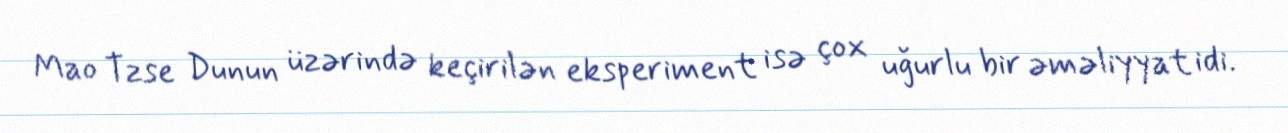
Mao Tzse Dunun üzərində keçirilən eksperiment isə çox uğurlu bir əməliyyat idi.